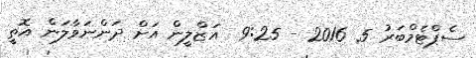
ސެޕްޓެމްބަރު 5